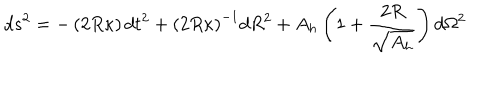
LaTeX: d s ^ { 2 } = - \left( { 2 R \kappa } \right) d t ^ { 2 } + \left( 2 R \kappa \right) ^ { - 1 } d R ^ { 2 } + A _ { h } \left( 1 + { \frac { 2 R } { \sqrt { A _ { h } } } } \right) d \Omega ^ { 2 }